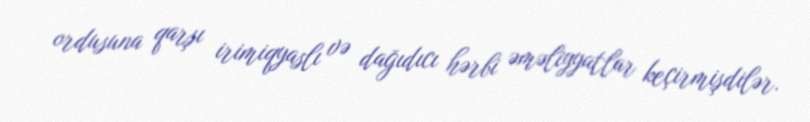
ordusuna qarşı irimiqyaslı və dağıdıcı hərbi əməliyyatlar keçirmişdilər.